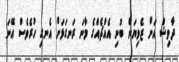
ދާވިޝް އަށް ޒެވިޔަން ބުނި އެއްޗެއްގެ މާނަ ރަނގަޅަށް އެނގި ހުރެވެސް އޭނަ